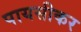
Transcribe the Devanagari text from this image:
पायसीकर